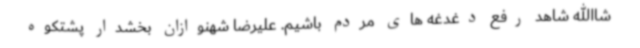
شاالله شاهد رفع دغدغه های مردم باشیم. علیرضا شهنوازان بخشدار پشتکوه